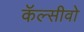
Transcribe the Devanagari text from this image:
कॅल्सीवो